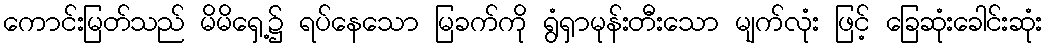
ကောင်းမြတ်သည် မိမိရှေ့၌ ရပ်နေသော မြခက်ကို ရွံရှာမုန်းတီးသော မျက်လုံး ဖြင့် ခြေဆုံးခေါင်းဆုံး